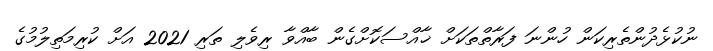
ނުކުޅެދުންތެރިކަން ހުންނަ ފަރާތްތަކަށް ޚާއްސަކޮށްގެން ބާއްވާ ރިވެލި ތަރި 2021 އަށް ކުރިމަތިލުމުގެ